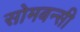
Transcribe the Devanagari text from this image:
सोमबन्सी